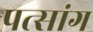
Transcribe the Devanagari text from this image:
पत्सांग